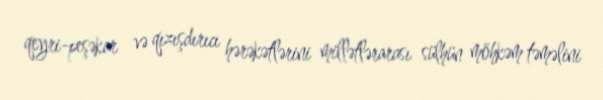
qeyri-peşəkar və qızışdırıcı hərəkətlərini millətlərarası sülhün möhkəm təməlini